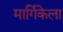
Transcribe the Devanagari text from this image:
मार्गिकेला